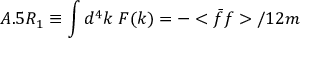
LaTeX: A . 5 R _ { 1 } \equiv \int d ^ { 4 } k \; { \cal F } ( k ) = - < \bar { f } f > / 1 2 m